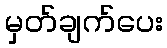
မှတ်ချက်ပေး